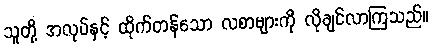
သူတို့ အလုပ်နှင့် ထိုက်တန်သော လစာများကို လိုချင်လာကြသည်။